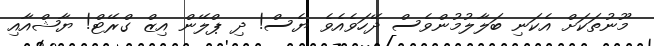
މޫނުތަކަށް އެކަނި ބަލާލުމުންވެސް ދޭހަވެއެވެ ޔެސް! ދި ޕްލޭން އިޒް ގްރޭޓް! ޔާޝްއާއި